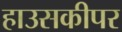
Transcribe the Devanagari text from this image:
हाउसकीपर